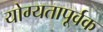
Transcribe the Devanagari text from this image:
योग्‍यतापूर्वक